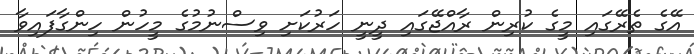
އޭގެ ތެރޭގައި މީގެ ކުރިން ރާއްޖޭގައި ދީނީ ހަރުކަށި ވިސްނުމުގެ މީހުން ހިންގާފައިވާ